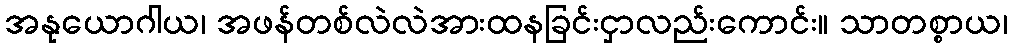
အနုယောဂါယ၊ အဖန်တစ်လဲလဲအားထနခြင်းငှာလည်းကောင်း။ သာတစ္စာယ၊